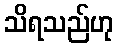
သိရသည်ဟု